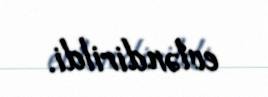
evləndirildi.